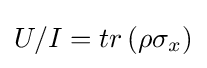
U/I=tr\left(\rho \sigma _{x}\right)